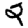
Digit: 2